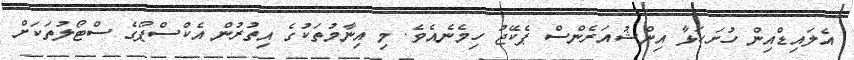
އެލައިޑްއިން ހުށަހަޅާ އިންޝުއަރެންސް ޕެކޭޖު ހިމެނެއެވެ. މި އިނާމުތަކުގެ އިތުރުން އެކްސްޕޯގެ ސްޓޯލުތަކަށް